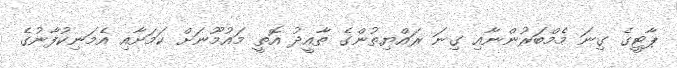
ޕާޓީގެ ގިނަ މެމްބަރުންނާއި ގިނަ ރައްޔިތުންގެ ތާއީދު އޮތީ މައުމޫނަށް ކަމަށާއި އެމަނިކުފާނުގެ